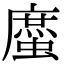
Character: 䗪